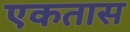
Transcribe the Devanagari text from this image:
एकतास